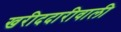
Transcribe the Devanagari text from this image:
खरीददारीवाली